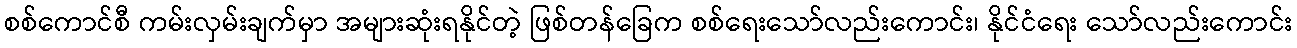
စစ်ကောင်စီ ကမ်းလှမ်းချက်မှာ အများဆုံးရနိုင်တဲ့ ဖြစ်တန်ခြေက စစ်ရေးသော်လည်းကောင်း၊ နိုင်ငံရေး သော်လည်းကောင်း